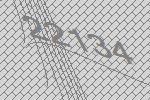
22134